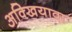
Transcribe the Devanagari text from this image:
अक्खियावा